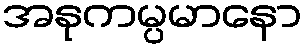
အနုကမ္ပမာနော